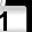
Digit: 1